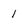
Character: 1